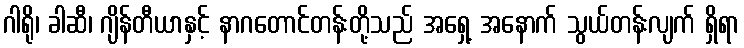
ဂါရို၊ ခါဆီ၊ ဂျိန်တီယာနှင့် နာဂတောင်တန်းတို့သည် အရှေ့ အနောက် သွယ်တန်းလျက် ရှိရာ